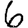
Digit: 6